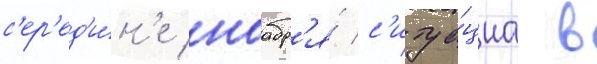
с'ер'ед'и́н'е ноабр'я́ с'итуа́циа в